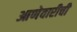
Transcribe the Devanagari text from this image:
आणेवारीची